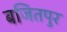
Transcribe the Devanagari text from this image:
बजितपुर